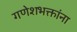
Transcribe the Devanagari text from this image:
गणेशभक्तांना